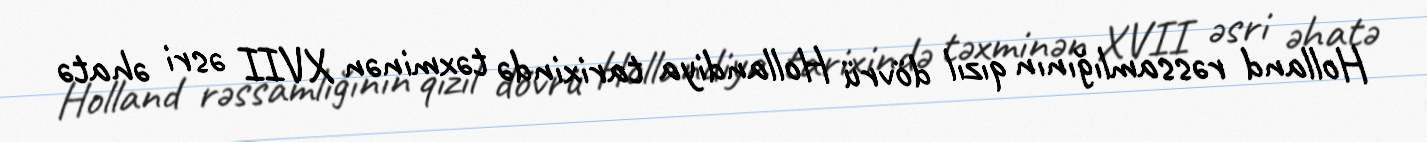
Holland rəssamlığının qızıl dövrü Hollandiya tarixində təxminən XVII əsri əhatə